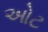
ઓટ